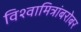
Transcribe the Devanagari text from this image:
विश्वामित्रांबरोबर